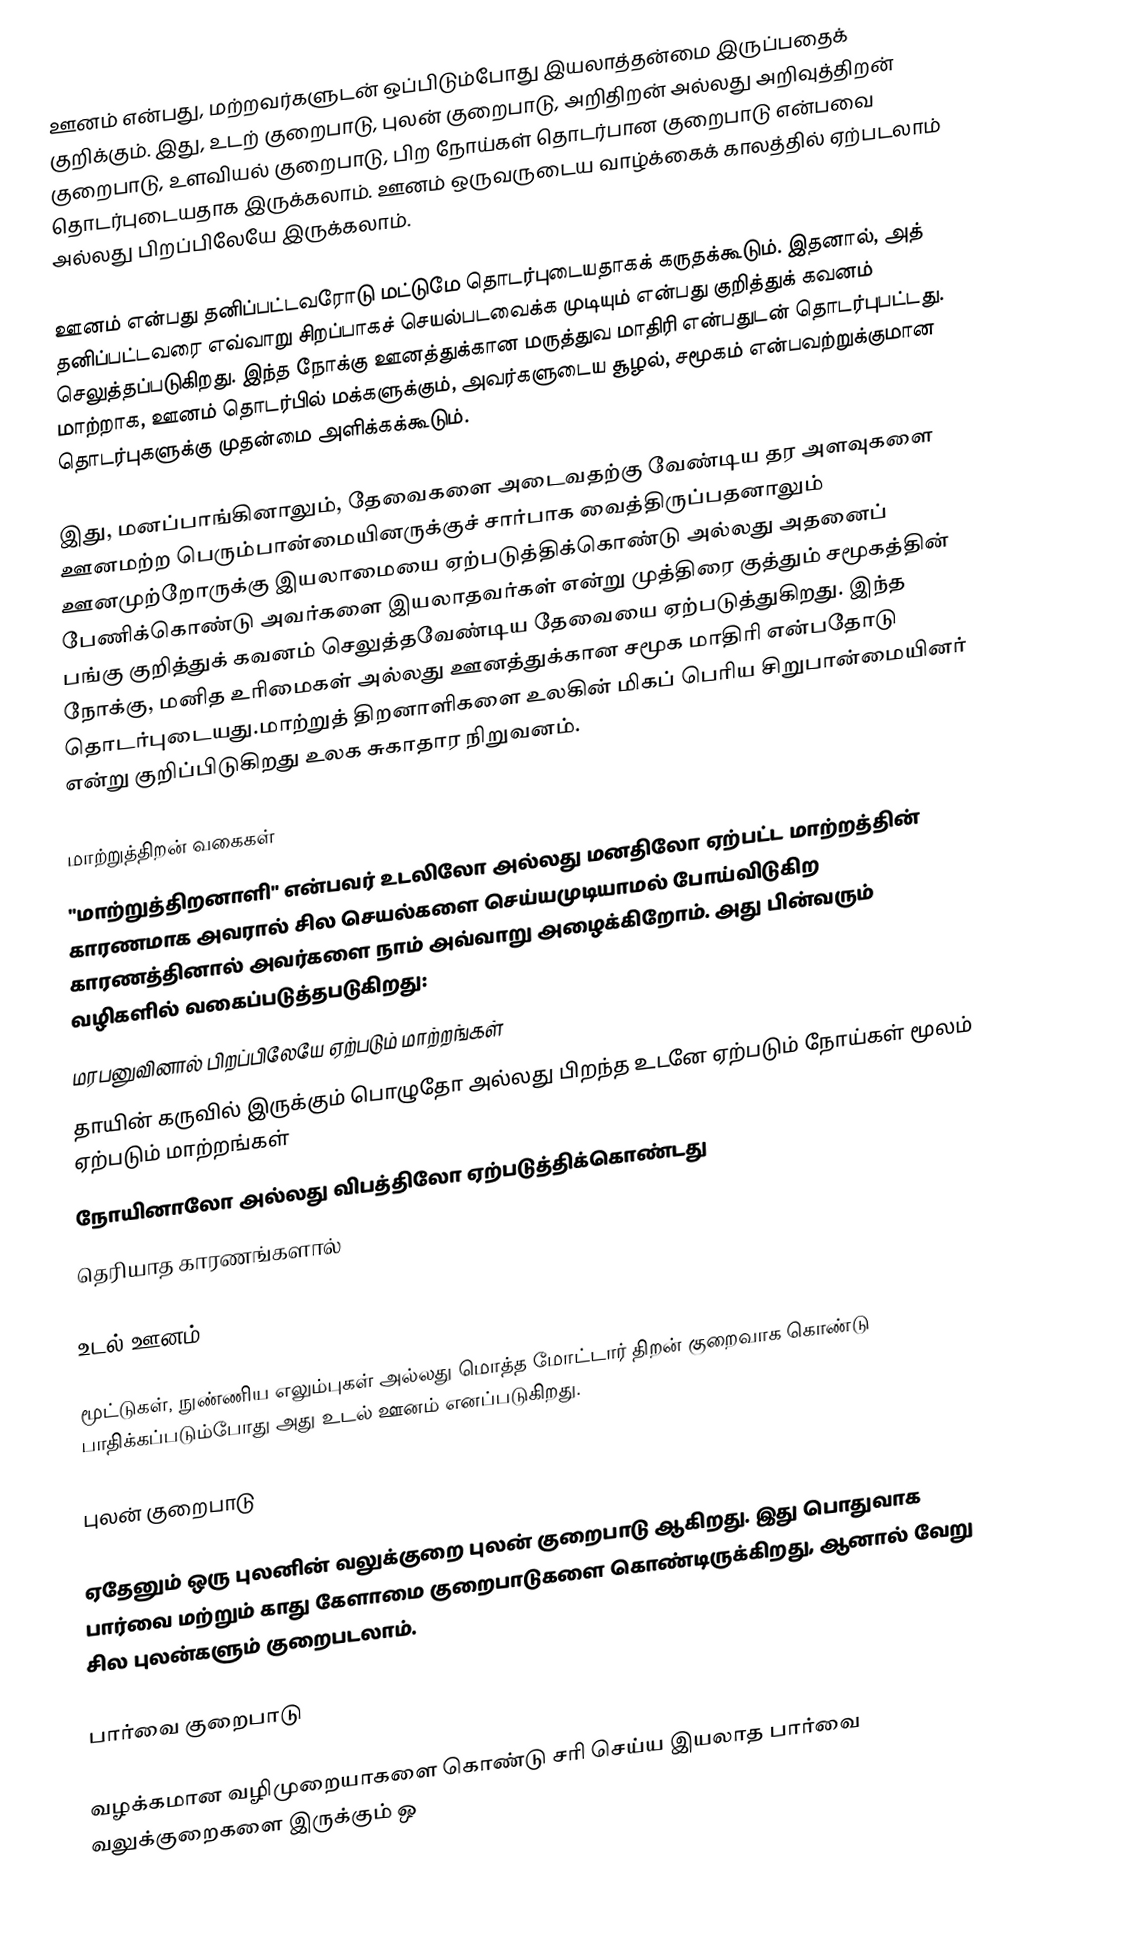
ஊனம் என்பது, மற்றவர்களுடன் ஒப்பிடும்போது இயலாத்தன்மை இருப்பதைக் குறிக்கும். இது, உடற் குறைபாடு, புலன் குறைபாடு, அறிதிறன் அல்லது அறிவுத்திறன் குறைபாடு, உளவியல் குறைபாடு, பிற நோய்கள் தொடர்பான குறைபாடு என்பவை தொடர்புடையதாக இருக்கலாம். ஊனம் ஒருவருடைய வாழ்க்கைக் காலத்தில் ஏற்படலாம் அல்லது பிறப்பிலேயே இருக்கலாம்.

ஊனம் என்பது தனிப்பட்டவரோடு மட்டுமே தொடர்புடையதாகக் கருதக்கூடும். இதனால், அத் தனிப்பட்டவரை எவ்வாறு சிறப்பாகச் செயல்படவைக்க முடியும் என்பது குறித்துக் கவனம் செலுத்தப்படுகிறது. இந்த நோக்கு ஊனத்துக்கான மருத்துவ மாதிரி என்பதுடன் தொடர்புபட்டது. மாற்றாக, ஊனம் தொடர்பில் மக்களுக்கும், அவர்களுடைய சூழல், சமூகம் என்பவற்றுக்குமான தொடர்புகளுக்கு முதன்மை அளிக்கக்கூடும்.

இது, மனப்பாங்கினாலும், தேவைகளை அடைவதற்கு வேண்டிய தர அளவுகளை ஊனமற்ற பெரும்பான்மையினருக்குச் சார்பாக வைத்திருப்பதனாலும் ஊனமுற்றோருக்கு இயலாமையை ஏற்படுத்திக்கொண்டு அல்லது அதனைப் பேணிக்கொண்டு அவர்களை இயலாதவர்கள் என்று முத்திரை குத்தும் சமூகத்தின் பங்கு குறித்துக் கவனம் செலுத்தவேண்டிய தேவையை ஏற்படுத்துகிறது. இந்த நோக்கு, மனித உரிமைகள் அல்லது ஊனத்துக்கான சமூக மாதிரி என்பதோடு தொடர்புடையது.மாற்றுத் திறனாளிகளை உலகின் மிகப் பெரிய சிறுபான்மையினர் என்று குறிப்பிடுகிறது உலக சுகாதார நிறுவனம்.

மாற்றுத்திறன் வகைகள்
"மாற்றுத்திறனாளி" என்பவர் உடலிலோ அல்லது மனதிலோ ஏற்பட்ட மாற்றத்தின் காரணமாக அவரால் சில செயல்களை செய்யமுடியாமல்  போய்விடுகிற காரணத்தினால் அவர்களை நாம் அவ்வாறு அழைக்கிறோம். அது பின்வரும் வழிகளில் வகைப்படுத்தபடுகிறது:
 மரபனுவினால் பிறப்பிலேயே ஏற்படும் மாற்றங்கள்
 தாயின் கருவில் இருக்கும் பொழுதோ அல்லது பிறந்த உடனே ஏற்படும் நோய்கள் மூலம் ஏற்படும் மாற்றங்கள்
 நோயினாலோ அல்லது விபத்திலோ ஏற்படுத்திக்கொண்டது
 தெரியாத காரணங்களால்

உடல் ஊனம்

மூட்டுகள், நுண்ணிய எலும்புகள் அல்லது மொத்த மோட்டார் திறன் குறைவாக கொண்டு பாதிக்கப்படும்போது அது உடல் ஊனம் எனப்படுகிறது.

புலன் குறைபாடு

ஏதேனும் ஒரு புலனின் வலுக்குறை புலன் குறைபாடு ஆகிறது. இது பொதுவாக பார்வை மற்றும் காது கேளாமை குறைபாடுகளை கொண்டிருக்கிறது, ஆனால் வேறு சில புலன்களும் குறைபடலாம்.

பார்வை குறைபாடு

வழக்கமான வழிமுறையாகளை கொண்டு சரி செய்ய இயலாத பார்வை வலுக்குறைகளை இருக்கும் ஒ